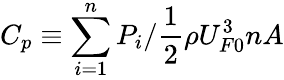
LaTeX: C_{p}\equiv\sum_{i=1}^{n}P_{i}/\frac{1}{2}\rho U_{F0}^{3}nA